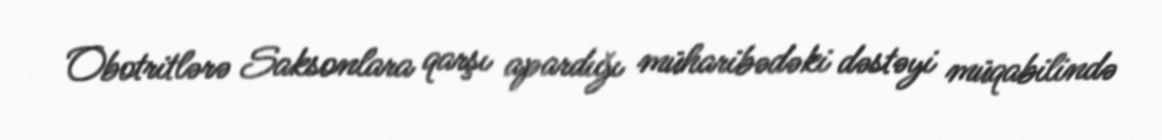
Obotritlərə Saksonlara qarşı apardığı müharibədəki dəstəyi müqabilində